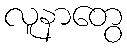
လူနာတွေ